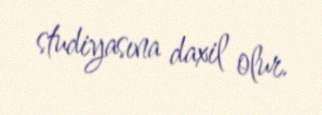
studiyasına daxil olur.